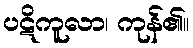
ပဋိကူလာ၊ ကုန်၏။